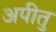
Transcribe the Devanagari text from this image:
अपीतु